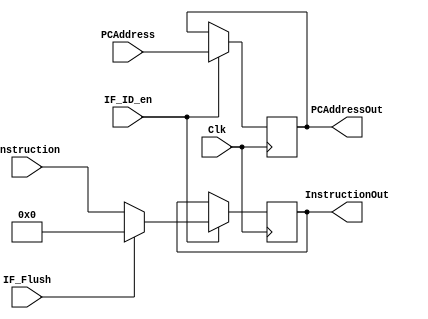
`timescale 1ns / 1ps
//////////////////////////////////////////////////////////////////////////////////
// Company: 
// Engineer: 
// 
// Design Name: 
// Module Name: IF_ID
// Project Name: 
// Target Devices: 
// Tool Versions: 
// Description: 
// 
// Dependencies: 
// 
// Revision:
// Revision 0.01 - File Created
// Additional Comments:
// 
//////////////////////////////////////////////////////////////////////////////////


module IF_ID(Clk, PCAddress, Instruction, PCAddressOut, InstructionOut, IF_ID_en, IF_Flush);
    input [31:0] PCAddress, Instruction;
    input Clk, IF_ID_en, IF_Flush;
    output reg [31:0] PCAddressOut, InstructionOut;
    
    always@(posedge Clk) begin
        if (IF_ID_en == 1)
        begin
            if (IF_Flush)
            begin
                PCAddressOut <= PCAddress;
                InstructionOut <= 32'b0;
            end
            else 
            begin
                PCAddressOut <= PCAddress;
                InstructionOut <= Instruction;
            end
        end
    end

endmodule